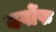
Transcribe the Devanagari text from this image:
बर्गोफ